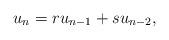
LaTeX: \begin{align*} u_n=ru_{n-1}+su_{n-2},\end{align*}